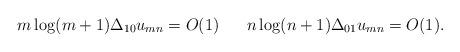
LaTeX: \begin{align*}m\log (m+1)\Delta_{10}u_{mn}=O(1)\,\,\,\,\,\,\,\,\,\,n\log (n+1)\Delta_{01}u_{mn}=O(1).\end{align*}